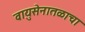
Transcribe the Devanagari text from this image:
वायुसेनातळाचा